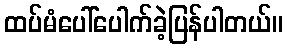
ထပ်မံပေါ်ပေါက်ခဲ့ပြန်ပါတယ်။